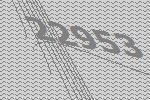
22953